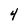
Character: 4